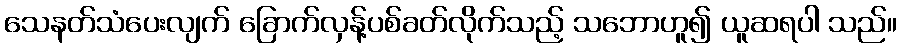
သေနတ်သံပေးလျက် ခြောက်လှန့်ပစ်ခတ်လိုက်သည့် သဘောဟူ၍ ယူဆရပါ သည်။